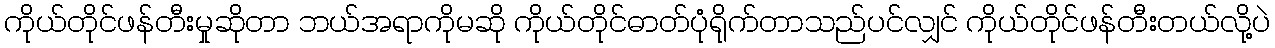
ကိုယ်တိုင်ဖန်တီးမှုဆိုတာ ဘယ်အရာကိုမဆို ကိုယ်တိုင်ဓာတ်ပုံရိုက်တာသည်ပင်လျှင် ကိုယ်တိုင်ဖန်တီးတယ်လို့ပဲ